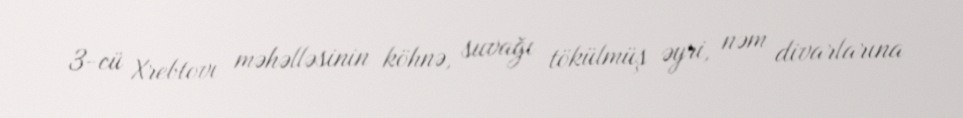
3-cü Xrebtovı məhəlləsinin köhnə, suvağı tökülmüş əyri, nəm divarlarına